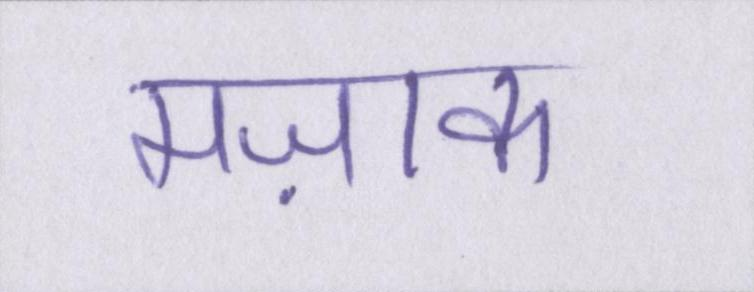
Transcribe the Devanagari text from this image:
मज़ाक